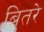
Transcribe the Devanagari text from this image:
बितरे